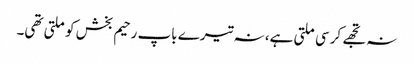
نہ تجھے کرسی ملتی ہے، نہ تیرے باپ رحیم بخش کو ملتی تھی۔